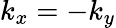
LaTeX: k_{x}=-k_{y}